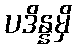
ပဒိန္နမှိ